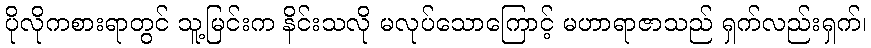
ပိုလိုကစားရာတွင် သူ့မြင်းက နိင်းသလို မလုပ်သောကြောင့် မဟာရာဇာသည် ရှက်လည်းရှက်၊